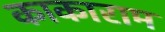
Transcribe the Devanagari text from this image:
काकाराम